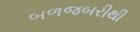
બળજબરીથી